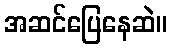
အဆင်ပြေနေဆဲ။